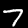
Digit: 7